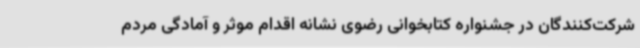
شرکت‌کنندگان در جشنواره کتابخوانی رضوی نشانه اقدام موثر و آمادگی مردم